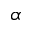
\alpha